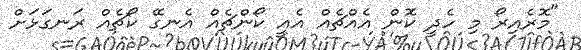
"މޮރެއިރޯ މި ހެދީ ކޮން އެއްޗެއް އެއީ ކޯންޗެއް އެނގޭ ކޯޗެއް ރަނގަޅަށް